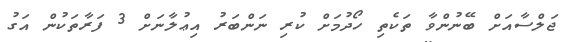
ޖަލްސާއަށް ބޭނުންވާ ތަކެތި ހޯދުމަށް ކުރި ނަންބަރު އިޢުލާނަށް 3 ފަރާތަކުން އަގު